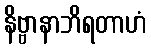
နိဗ္ဗာနာဘိရတာဟံ